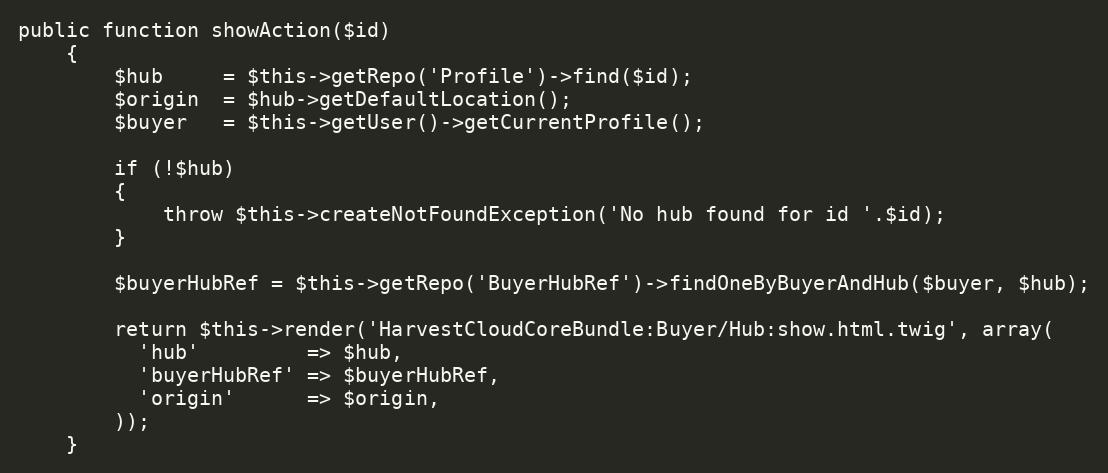
Language: PHP
public function showAction($id)
    {
        $hub     = $this->getRepo('Profile')->find($id);
        $origin  = $hub->getDefaultLocation();
        $buyer   = $this->getUser()->getCurrentProfile();

        if (!$hub)
        {
            throw $this->createNotFoundException('No hub found for id '.$id);
        }

        $buyerHubRef = $this->getRepo('BuyerHubRef')->findOneByBuyerAndHub($buyer, $hub);

        return $this->render('HarvestCloudCoreBundle:Buyer/Hub:show.html.twig', array(
          'hub'         => $hub,
          'buyerHubRef' => $buyerHubRef,
          'origin'      => $origin,
        ));
    }